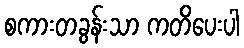
စကားတခွန်းသာ ကတိပေးပါ